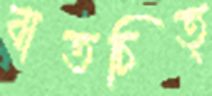
বাতচিত্